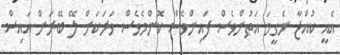
އެއީ ކުއްޖާ ނެގީމަ އަތުންވެސް ފައިންވެސް ކޮންމެވެސް ވަރަކަށް ލޭ ބޭރަށް އައިސް